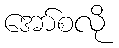
အော်စလို